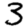
Digit: 3